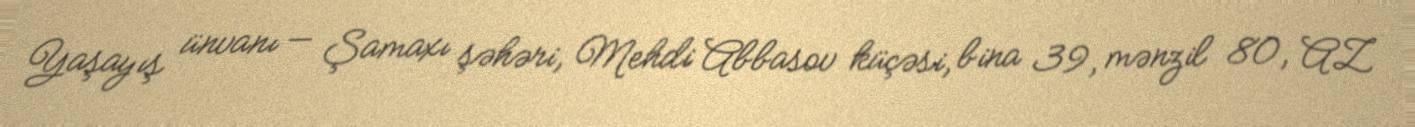
Yaşayış ünvanı — Şamaxı şəhəri, Mehdi Abbasov küçəsi, bina 39, mənzil 80, AZ